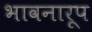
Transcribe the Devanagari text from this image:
भावनारूप